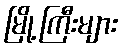
မြို့ကြီးများ